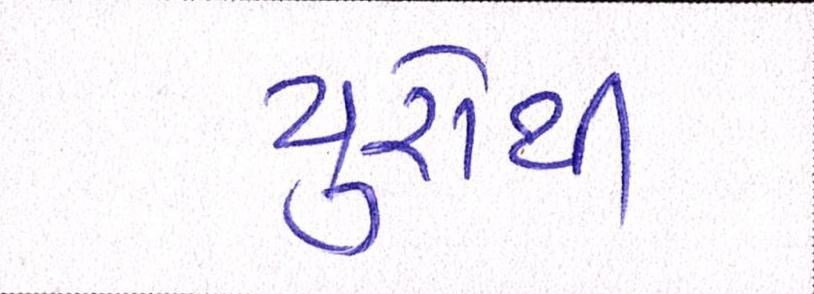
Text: યુરોથી